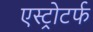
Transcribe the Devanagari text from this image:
एस्ट्रोटर्फ